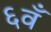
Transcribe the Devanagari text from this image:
६वँ